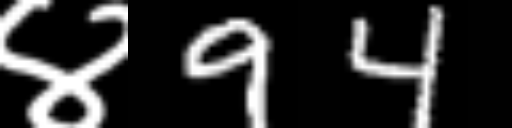
Text: ४94